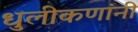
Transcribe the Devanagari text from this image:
धुलीकणांनी